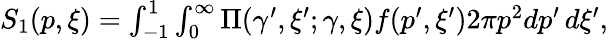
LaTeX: \begin{array}{r}{S_{1}(p,\xi)=\int_{-1}^{1}\int_{0}^{\infty}\Pi(\gamma^{\prime},\xi^{\prime};\gamma,\xi)f(p^{\prime},\xi^{\prime})2\pi p^{2}dp^{\prime}\, d\xi^{\prime},}\end{array}